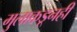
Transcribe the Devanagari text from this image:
मुलाकडूनही